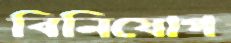
বিনিযোগ